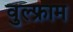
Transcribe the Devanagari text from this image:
वुल्फ्राम